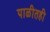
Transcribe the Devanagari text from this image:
पाळीतही